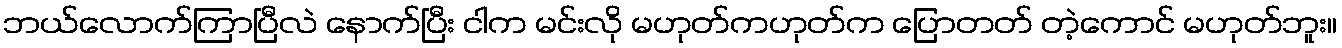
ဘယ်လောက်ကြာပြီလဲ နောက်ပြီး ငါက မင်းလို မဟုတ်ကဟုတ်က ပြောတတ် တဲ့ကောင် မဟုတ်ဘူး။